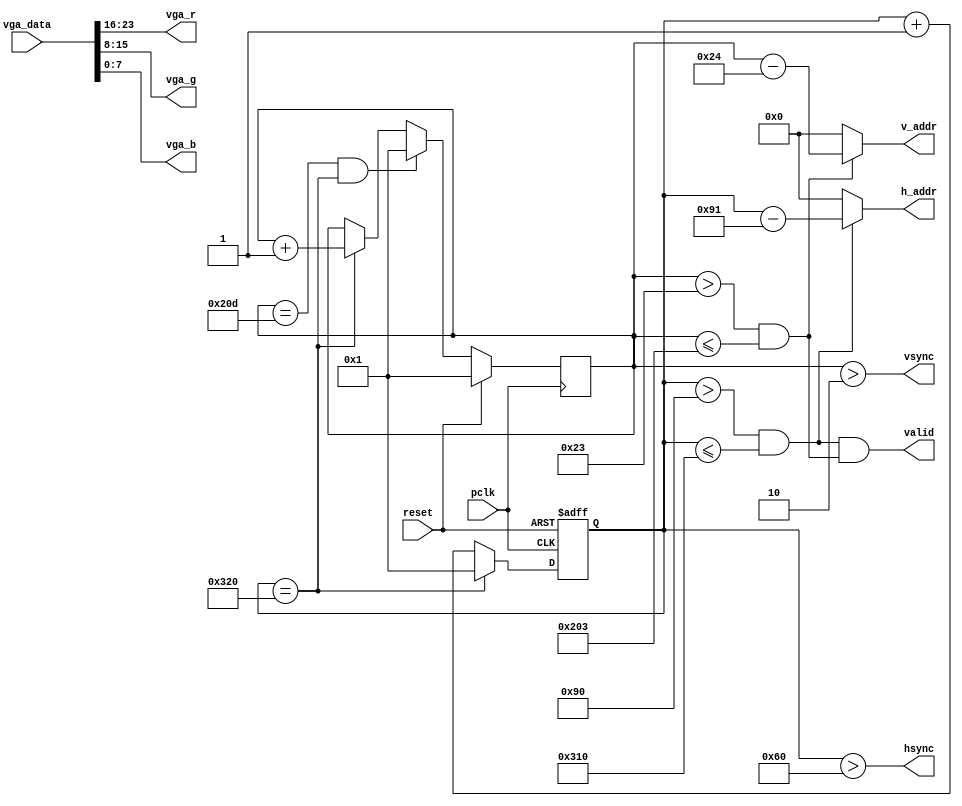
module vga_ctrl(
	input pclk, //25MHz
	input reset, //
	input [23:0] vga_data, //        VGA
	output [9:0] h_addr, //                 
	output [9:0] v_addr, 
	output hsync, //         
	output vsync,
	output valid, //
	output [7:0] vga_r, //       
	output [7:0] vga_g,
	output [7:0] vga_b
);
//640x480    VGA
parameter h_frontporch = 96;
parameter h_active = 144;
parameter h_backporch = 784;
parameter h_total = 800;

parameter v_frontporch = 2;
parameter v_active = 35;
parameter v_backporch = 515;
parameter v_total = 525;

//   
reg [9:0] x_cnt;
reg [9:0] y_cnt;
wire h_valid;
wire v_valid;

always @(posedge reset or posedge pclk) //   
	if (reset == 1'b1)
		x_cnt <= 1;
	else
	begin
		if (x_cnt == h_total)
			x_cnt <= 1;
		else
			x_cnt <= x_cnt + 10'd1;
	end

always @(posedge pclk) //   
	if (reset == 1'b1) 	
		y_cnt <= 1;
	else
	begin
		if (y_cnt == v_total & x_cnt == h_total)
			y_cnt <= 1;
		else if (x_cnt == h_total)
			y_cnt <= y_cnt + 10'd1;
	end
//      
assign hsync = (x_cnt > h_frontporch);
assign vsync = (y_cnt > v_frontporch);
//      
assign h_valid = (x_cnt > h_active) & (x_cnt <= h_backporch);
assign v_valid = (y_cnt > v_active) & (y_cnt <= v_backporch);
assign valid = h_valid & v_valid;
//          
assign h_addr = h_valid ? (x_cnt - 10'd145) : {10{1'b0}};
assign v_addr = v_valid ? (y_cnt - 10'd36) : {10{1'b0}};
//        
assign vga_r = vga_data[23:16];
assign vga_g = vga_data[15:8];
assign vga_b = vga_data[7:0];
endmodule